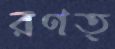
রণত্